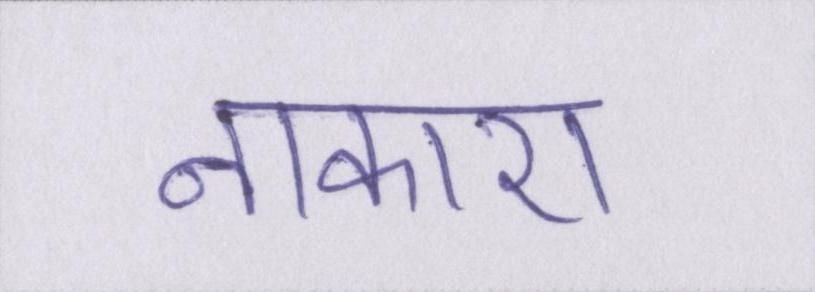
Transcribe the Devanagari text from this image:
नाकारा